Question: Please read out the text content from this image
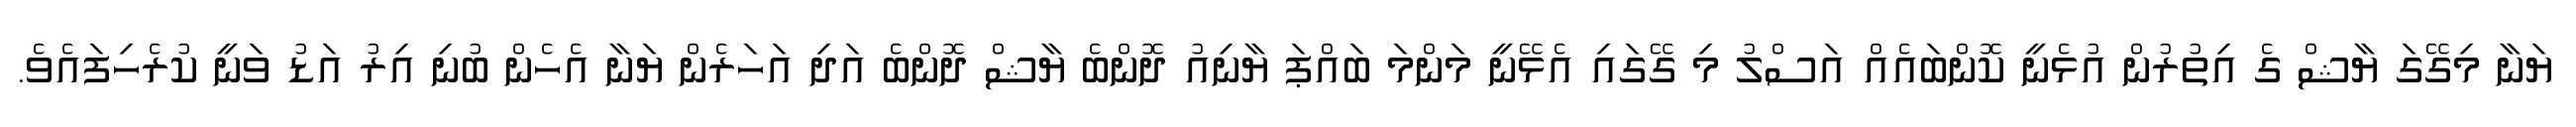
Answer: ޔަނާ މިގޭގަ ޔާޝް ގެ އިތުރުން އުޅެނީ ކޮންބައެއް އަސްލު މި ގޭގައި އެޅޭނީ މަންމަ ބައްޕަ ޔާނިއު ދޮންބެ ޔާޝް ދޮންބެ އަދި އަހަރެން ޔަނާ އެހެން ބުނި އިރު އަޑު ވަނީ ކުރެހިފައެވެ.